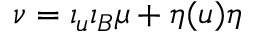
\nu = \iota _ { u } \iota _ { B } \mu + \eta ( u ) \eta